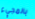
بالمجيء